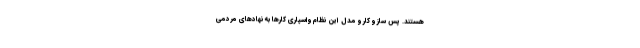
هستند. پس ساز و کار و مدل این نظام واسپاری کارها به نهادهای مردمی